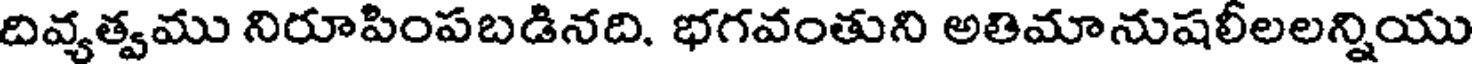
దివ్యత్వము నిరూపింపబడినది. భగవంతుని అతిమానుషలీలలన్నియు